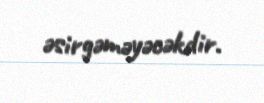
əsirgəməyəcəkdir.